Scientific memoirs by medical officers of the Army of India - Part IV,
Year: 1889
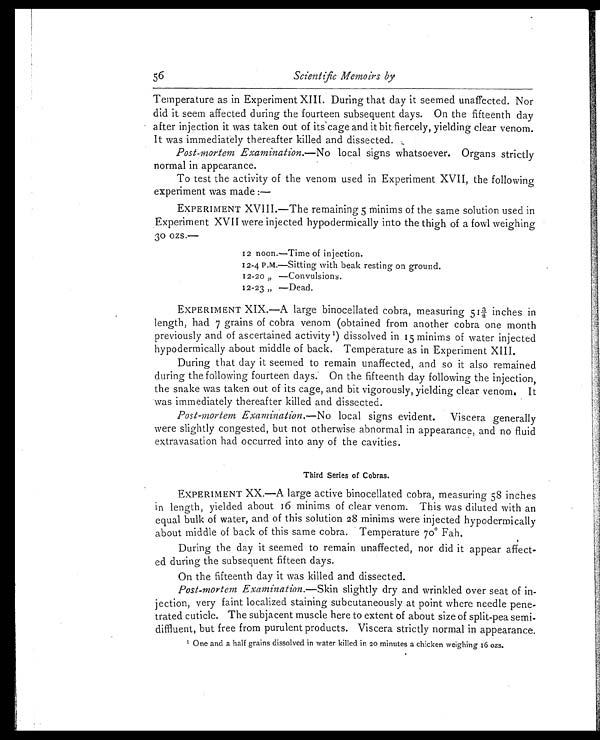
56
Scientific Memoirs by
Temperature as in Experiment XIII. During that day it seemed unaffected. Nor
did it seem affected during the fourteen subsequent days. On the fifteenth day
after injection it was taken out of its cage and it bit fiercely, yielding clear venom.
It was immediately thereafter killed and dissected.
Post-mortem Examination. —No local signs whatsoever. Organs strictly
normal in appearance.
To test the activity of the venom used in Experiment XVII, the following
experiment was made:—
EXPERIMENT XVIII.—The remaining 5 minims of the same solution used in
Experiment XVII were injected hypodermically into the thigh of a fowl weighing
30 ozs.—
12 noon.—Time of injection.
12-4 P.M.—Sitting with beak resting on ground.
1 2 - 2 0 „ —Co n v u l s i o n s .
12-23 „ —Dead.
EXPERIMENT XIX.—A large binocellated cobra, measuring 513/4 inches in
length, had 7 grains of cobra venom (obtained from another cobra one month
previously and of ascertained activity1) dissolved in 15 minims of water injected
hypodermically about middle of back. Temperature as in Experiment XIII.
During that day it seemed to remain unaffected, and so it also remained
during the following fourteen days. On the fifteenth day following the injection,
the snake was taken out of its cage, and bit vigorously, yielding clear venom. It
was immediately thereafter killed and dissected.
Post-mortem Examination.— No local signs evident. Viscera generally
were slightly congested, but not otherwise abnormal in appearance, and no fluid
extravasation had occurred into any of the cavities.
Third Series of Cobras.
EXPERIMENT XX.—A large active binocellated cobra, measuring 58 inches
in length, yielded about 16 minims of clear venom. This was diluted with an
equal bulk of water, and of this solution 28 minims were injected hypodermically
about middle of back of this same cobra. Temperature 70° Fah.
During the day it seemed to remain unaffected, nor did it appear affect-
ed during the subsequent fifteen days.
On the fifteenth day it was killed and dissected.
Post-mortem Examination. —Skin slightly dry and wrinkled over seat of in-
jection, very faint localized staining subcutaneously at point where needle pene-
trated cuticle. The subjacent muscle here to extent of about size of split-pea semi-
diffluent, but free from purulent products. Viscera strictly normal in appearance.
1One and a half grains dissolved in water killed in 20 minutes a chicken weighing 16 ozs.